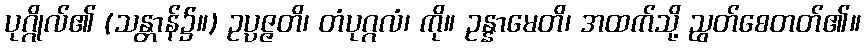
ပုဂ္ဂိုလ်၏ (သန္တာန်၌။) ဥပ္ပဇ္ဇတိ၊ တံပုဂ္ဂလံ၊ ကို။ ဥန္နာမေတိ၊ အထက်သို့ ညွတ်စေတတ်၏။